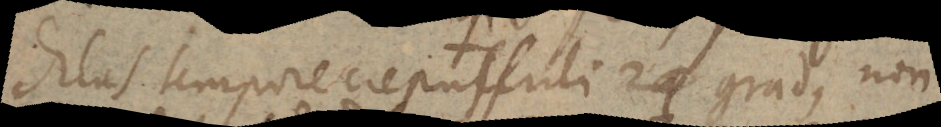
ditas tempore crepusculi 24 gradus non